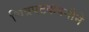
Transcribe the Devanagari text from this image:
चित्रपटकंपनीने